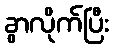
ခွာလိုက်ပြီး